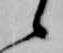
候